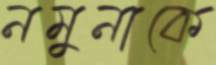
নমুনাকে